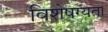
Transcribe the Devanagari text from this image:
विशेषग्यता